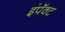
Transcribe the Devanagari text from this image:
इंपॅक्ट